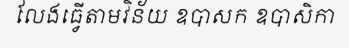
លែងធ្វើតាមវិន័យ ឧបាសក ឧបាសិកា